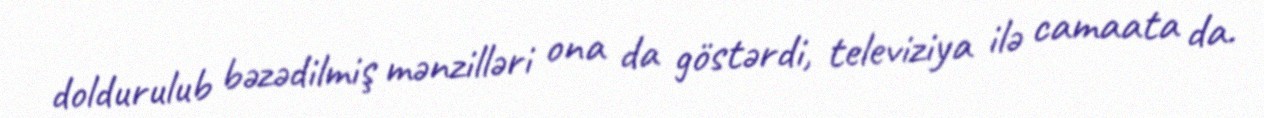
doldurulub bəzədilmiş mənzilləri ona da göstərdi, televiziya ilə camaata da.